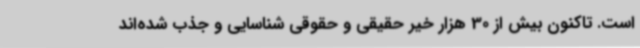
است. تاکنون بیش از 30 هزار خیر حقیقی و حقوقی شناسایی و جذب شده‌اند